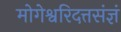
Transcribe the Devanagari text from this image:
मोगेश्वरिदत्तसंज्ञं